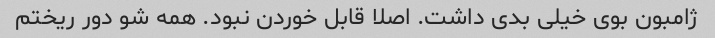
ژامبون بوی خیلی بدی داشت. اصلا قابل خوردن نبود. همه شو دور ریختم